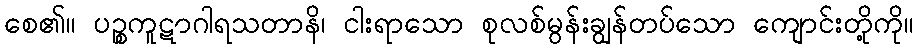
စေ၏။ ပဉ္စကူဋာဂါရသတာနိ၊ ငါးရာသော စုလစ်မွန်းချွန်တပ်သော ကျောင်းတို့ကို။